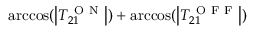
\operatorname { a r c c o s } ( \left| T _ { 2 1 } ^ { \mathrm { ~ O ~ N ~ } } \right| ) + \operatorname { a r c c o s } ( \left| T _ { 2 1 } ^ { \mathrm { ~ O ~ F ~ F ~ } } \right| )